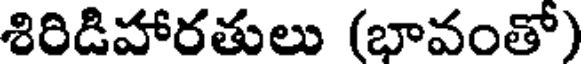
శిరిడిహారతులు (భావంతో)